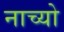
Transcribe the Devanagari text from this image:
नाच्यो